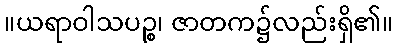
။ယရာဝါသပဉ္စ၊ ဇာတက၌လည်းရှိ၏။